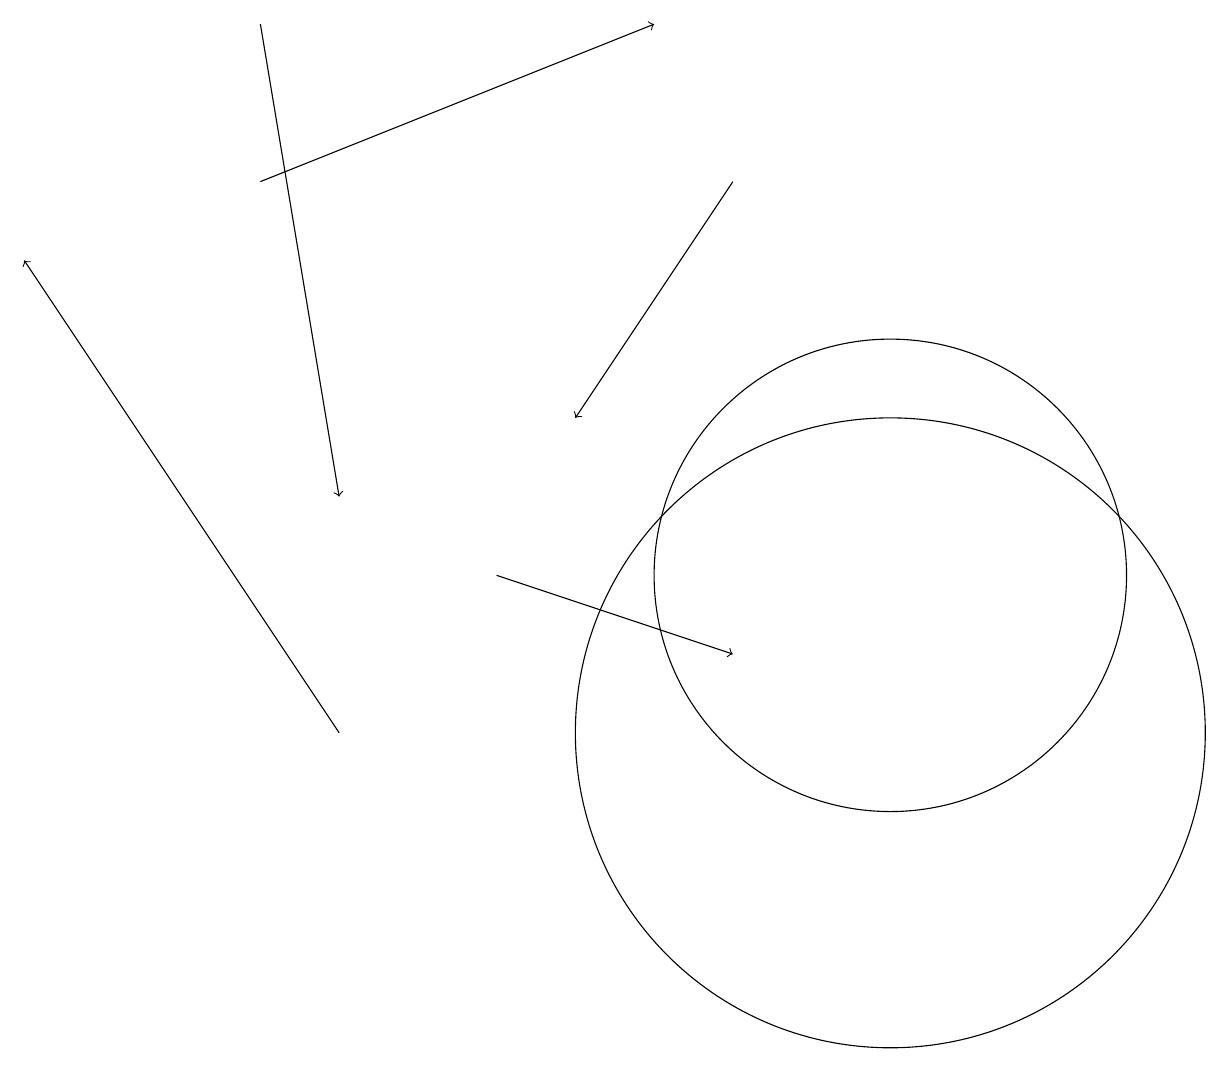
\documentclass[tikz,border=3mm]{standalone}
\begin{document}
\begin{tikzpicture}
\draw[->] (3,17) -- (8,19);
\draw (11,10) circle (4);
\draw[->] (4,10) -- (0,16);
\draw (11,12) circle (3);
\draw[->] (3,19) -- (4,13);
\draw[->] (9,17) -- (7,14);
\draw[->] (6,12) -- (9,11);
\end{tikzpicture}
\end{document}